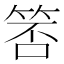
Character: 𬕃